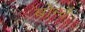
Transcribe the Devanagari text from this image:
बोन्वै